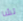
تشا